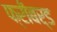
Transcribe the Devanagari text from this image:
फ्रीबर्ड